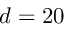
d = 2 0